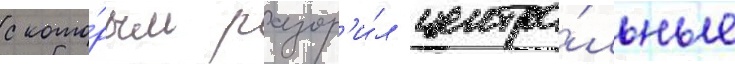
с кото́рым разор'и́л центра́льные